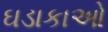
ઘડાકાઓ